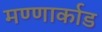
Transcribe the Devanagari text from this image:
मण्णार्काड